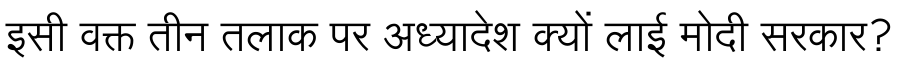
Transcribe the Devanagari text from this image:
इसी वक्त तीन तलाक पर अध्यादेश क्यों लाई मोदी सरकार?